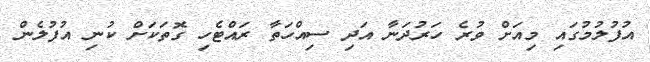
އުފުލުމުގައި މިއަށް ވުރެ ހަރުދަނާ އަދި ސިއްހަތާ ރައްޓެހި ގޮތަކަށް ކުނި އުފުލެން